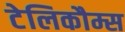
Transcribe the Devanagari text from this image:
टेलिकौम्स